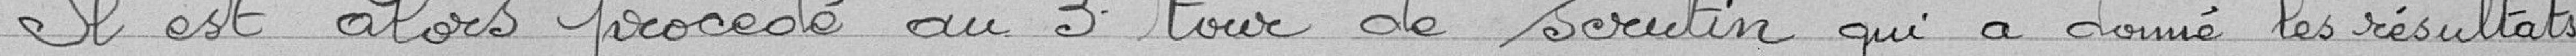
Il est alors procédé au 3° tour de scrutin qui a donné les résultats